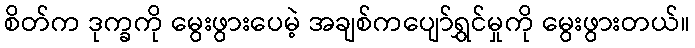
စိတ်က ဒုက္ခကို မွေးဖွားပေမဲ့ အချစ်ကပျော်ရွှင်မှုကို မွေးဖွားတယ်။